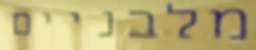
מלבניים